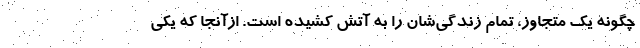
چگونه یک متجاوز، تمام زندگی‌شان را به آتش کشیده است. ازآنجا که یکی